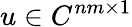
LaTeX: u\in C^{nm\times 1}